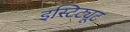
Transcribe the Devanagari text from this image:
इस्टिट्यूट